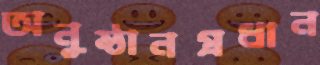
অনুষ্ঠানপ্রধান